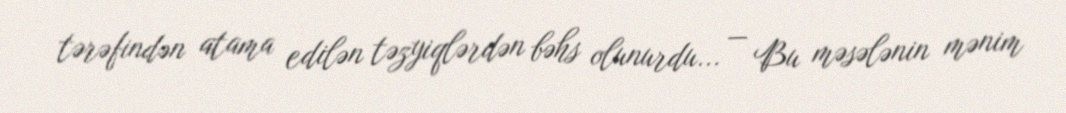
tərəfindən atama edilən təzyiqlərdən bəhs olunurdu... — Bu məsələnin mənim